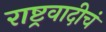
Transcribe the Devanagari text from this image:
राष्ट्रवादीचं